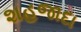
શહજાદા